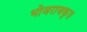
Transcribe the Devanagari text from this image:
भोजराजकृत